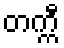
တက္ကီ